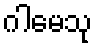
ဂါမေသု